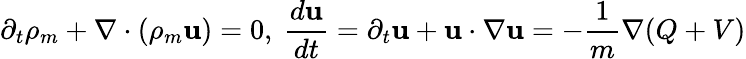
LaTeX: \partial_{t}\rho_{m}+\nabla\cdot\left(\rho_{m}\mathbf{u}\right)=0,~\frac{d\mathbf{u}}{dt}=\partial_{t}\mathbf{u}+\mathbf{u}\cdot\nabla\mathbf{u}=-\frac{1}{m}\nabla(Q+V)